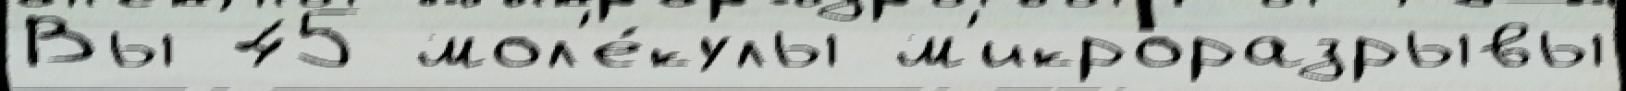
Вы 45 мол'е́кулы м'икроразрывы